Annual report of the Punjab Veterinary College and of the Civil Veterinary Department, Punjab - 1926-1932
Year: 1926
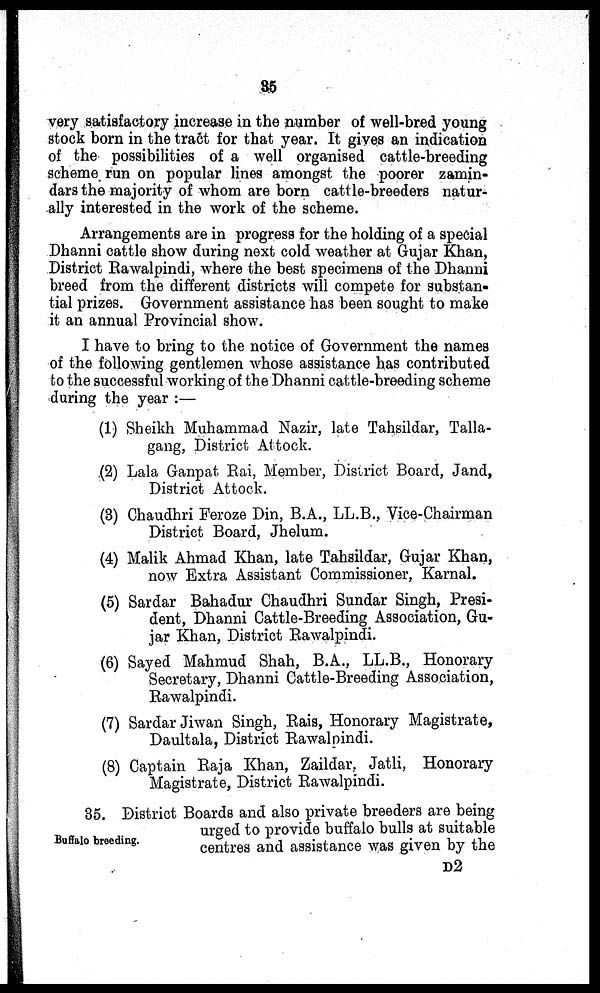
very satisfactory increase in the number of well-bred young
stock born in the tract for that year. It gives an indication
of the possibilities of a well organised cattle-breeding
scheme run on popular lines amongst the poorer zamin-
dars the majority of whom are born cattle-breeders natur-
ally interested in the work of the scheme.
Arrangements are in progress for the holding of a special
Dhanni cattle show during next cold weather at Gujar Khan,
District Rawalpindi, where the best specimens of the Dhanni
breed from the different districts will compete for substan-
tial prizes. Government assistance has been sought to make
it an annual Provincial show.
I have to bring to the notice of Government the names
of the following gentlemen whose assistance has contributed
to the successful working of the Dhanni cattle-breeding scheme
during the year :—
(1) Sheikh Muhammad Nazir, late Tahsildar, Talla-
gang, District Attock.
(2) Lala Ganpat Rai, Member, District Board, Jand,
District Attock.
(3) Chaudhri Feroze Din, B.A., LL.B., Vice-Chairman
District Board, Jhelum.
(4) Malik Ahmad Khan, late Tahsildar, Gujar Khan,
now Extra Assistant Commissioner, Karnal.
(5) Sardar Bahadur Chaudhri Sundar Singh, Presi-
dent, Dhanni Cattle-Breeding Association, Gu-
jar Khan, District Rawalpindi.
(6) Sayed Mahmud Shah, B.A., LL.B., Honorary
Secretary, Dhanni Cattle-Breeding Association,
Rawalpindi.
(7) Sardar Jiwan Singh, Rais, Honorary Magistrate,
Daultala, District Rawalpindi.
(8) Captain Raja Khan, Zaildar, Jatli, Honorary
Magistrate, District Rawalpindi.
Buffalo breeding.
35. District Boards and also private breeders are being
urged to provide buffalo bulls at suitable
centres and assistance was given by the
D2